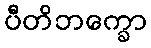
ပီတိဘက္ခော